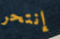
إنتحر